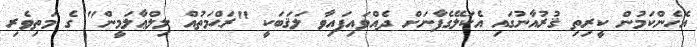
އެހެންކަމުން ކީރިތި ޤުރުއާނުގައި އެކަލޭގެފާނަށް ދެއްވައިފައިވާ ލަޤަބަކީ "ރަޙްމަތުއް ލިލްޢާލަމީން" ގެ މަތިވެރި